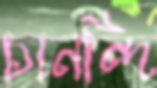
চানন্দি